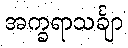
အက္ခရာသင်္ချာ